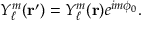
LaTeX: Y _ { \ell } ^ { m } ( { \mathbf { r } } ^ { \prime } ) = Y _ { \ell } ^ { m } ( { \mathbf { r } } ) e ^ { i m \phi _ { 0 } } .